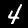
Digit: 4